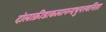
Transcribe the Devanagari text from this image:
दोलाक्रीडाकलानन्दथुपरवनिता